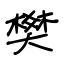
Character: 樊